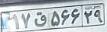
۱۷ق۵۶۶۲۹